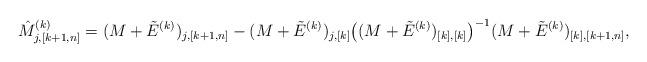
LaTeX: \begin{align*}\hat M^{(k)}_{j,[k+1,n]}= (M+\tilde E^{(k)})_{j,[k+1,n]} -(M+\tilde E^{(k)})_{j,[k]} \big((M+\tilde E^{(k)})_{[k],[k]} \big)^{-1} (M+\tilde E^{(k)})_{[k], [k+1,n]},\end{align*}